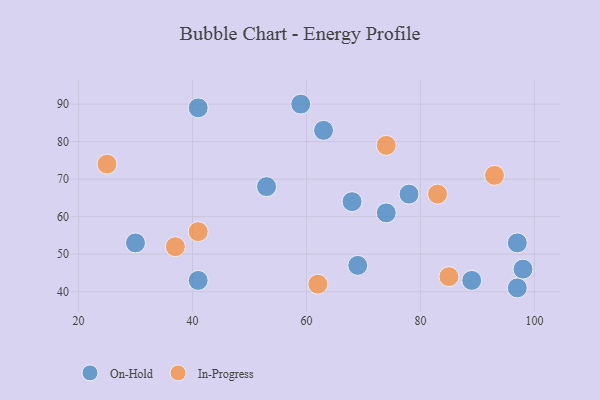
{"axis": {"x": "GDP", "y": "Life Expectancy"}, "legend": ["In-Progress", "On-Hold"], "data": [{"x": "69", "y": 47, "type": "On-Hold"}, {"x": "78", "y": 66, "type": "On-Hold"}, {"x": "97", "y": 41, "type": "On-Hold"}, {"x": "41", "y": 43, "type": "On-Hold"}, {"x": "63", "y": 83, "type": "On-Hold"}, {"x": "74", "y": 61, "type": "On-Hold"}, {"x": "41", "y": 89, "type": "On-Hold"}, {"x": "30", "y": 53, "type": "On-Hold"}, {"x": "98", "y": 46, "type": "On-Hold"}, {"x": "68", "y": 64, "type": "On-Hold"}, {"x": "53", "y": 68, "type": "On-Hold"}, {"x": "59", "y": 90, "type": "On-Hold"}, {"x": "97", "y": 53, "type": "On-Hold"}, {"x": "89", "y": 43, "type": "On-Hold"}, {"x": "41", "y": 56, "type": "In-Progress"}, {"x": "93", "y": 71, "type": "In-Progress"}, {"x": "74", "y": 79, "type": "In-Progress"}, {"x": "37", "y": 52, "type": "In-Progress"}, {"x": "62", "y": 42, "type": "In-Progress"}, {"x": "85", "y": 44, "type": "In-Progress"}, {"x": "83", "y": 66, "type": "In-Progress"}, {"x": "25", "y": 74, "type": "In-Progress"}]}